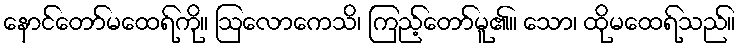
နောင်တော်မထေရ်ကို။ ဩလောကေသိ၊ ကြည့်တော်မူ၏။ သော၊ ထိုမထေရ်သည်။